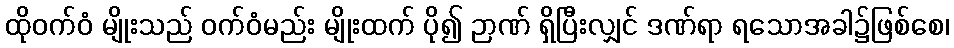
ထိုဝက်ဝံ မျိုးသည် ဝက်ဝံမည်း မျိုးထက် ပို၍ ဉာဏ် ရှိပြီးလျှင် ဒဏ်ရာ ရသောအခါ၌ဖြစ်စေ၊